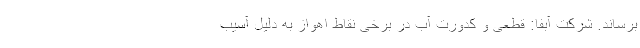
برساند. شرکت آبفا: قطعی و کدورت آب در برخی نقاط اهواز به دلیل آسیب